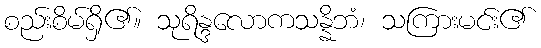
စည်းစိမ်ရှိ၏။ သုရိန္ဒလောကသန္နိဘံ၊ သကြားမင်း၏